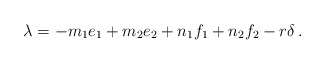
\begin{align*}\lambda=-m_1e_1+m_2e_2+n_1f_1+n_2f_2-r\delta\,.\end{align*}